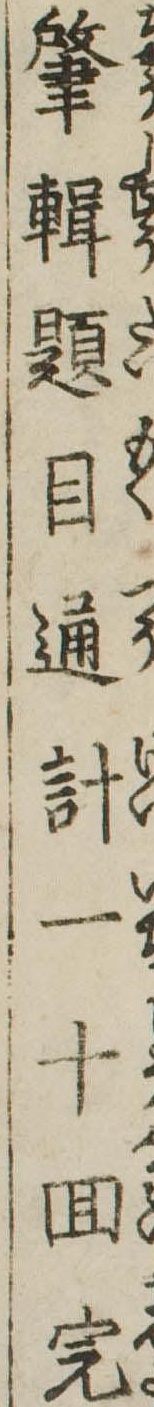
肇輯題目通計一十回完